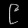
Digit: ၉